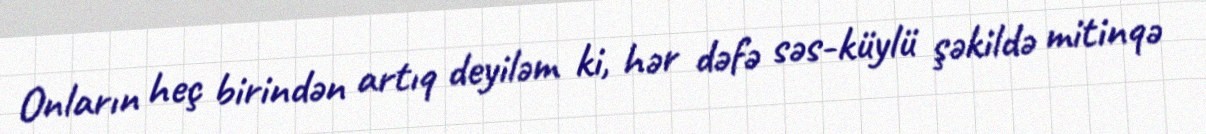
Onların heç birindən artıq deyiləm ki, hər dəfə səs-küylü şəkildə mitinqə